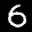
Label: 6